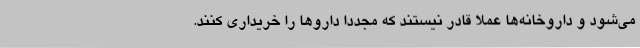
می‌شود و داروخانه‌ها عملا قادر نیستند که مجددا داروها را خریداری کنند.